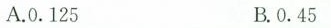
A.0.125 B.0.45